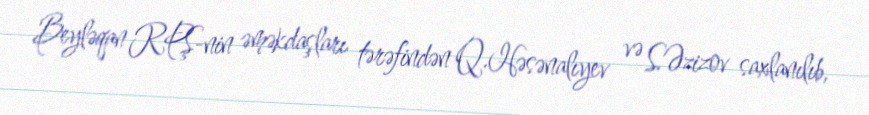
Beyləqan RPŞ-nin əməkdaşları tərəfindən Q.Həsənalıyev və S.Əzizov saxlanılıb,